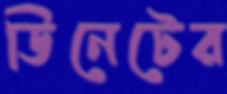
ডিনেটের